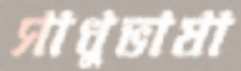
সাধুভাষা